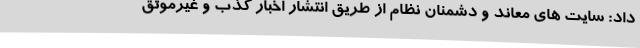
داد: سایت های معاند و دشمنان نظام از طریق انتشار اخبار کذب و غیرموثق